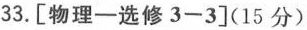
33.[物理一选修3-3](15分)